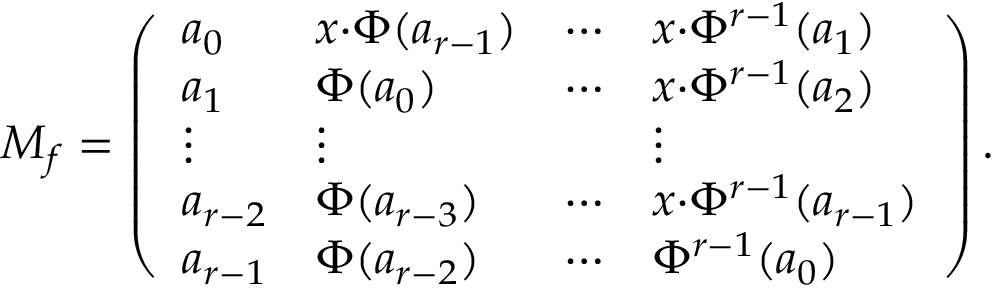
M _ { f } = \left( \begin{array} { l l l l } { a _ { 0 } } & { x { \cdot } \Phi ( a _ { r - 1 } ) } & { \cdots } & { x { \cdot } \Phi ^ { r - 1 } ( a _ { 1 } ) } \\ { a _ { 1 } } & { \Phi ( a _ { 0 } ) } & { \cdots } & { x { \cdot } \Phi ^ { r - 1 } ( a _ { 2 } ) } \\ { \vdots } & { \vdots } & & { \vdots } \\ { a _ { r - 2 } } & { \Phi ( a _ { r - 3 } ) } & { \cdots } & { x { \cdot } \Phi ^ { r - 1 } ( a _ { r - 1 } ) } \\ { a _ { r - 1 } } & { \Phi ( a _ { r - 2 } ) } & { \cdots } & { \Phi ^ { r - 1 } ( a _ { 0 } ) } \end{array} \right) .